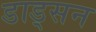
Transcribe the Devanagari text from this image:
डाड्सन